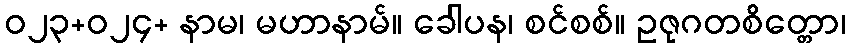
ဝ၂၃+၀၂၄+ နာမ၊ မဟာနာမ်။ ခေါပန၊ စင်စစ်။ ဥဇုဂတစိတ္တော၊